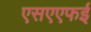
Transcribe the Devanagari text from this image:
एसएएफई